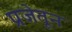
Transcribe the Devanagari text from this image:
प्रजेतून